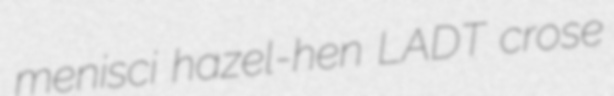
menisci hazel-hen LADT crose